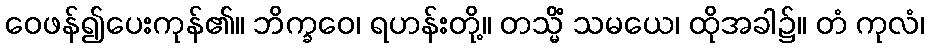
ဝေဖန်၍ပေးကုန်၏။ ဘိက္ခဝေ၊ ရဟန်းတို့။ တသ္မိံ သမယေ၊ ထိုအခါ၌။ တံ ကုလံ၊